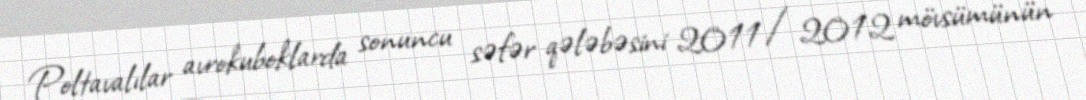
Poltavalılar avrokuboklarda sonuncu səfər qələbəsini 2011/2012 mövsümünün